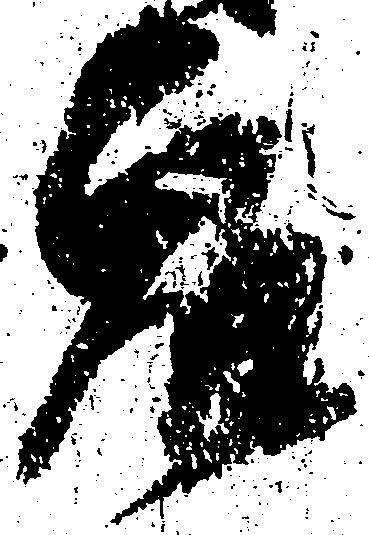
衆